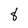
Character: 8